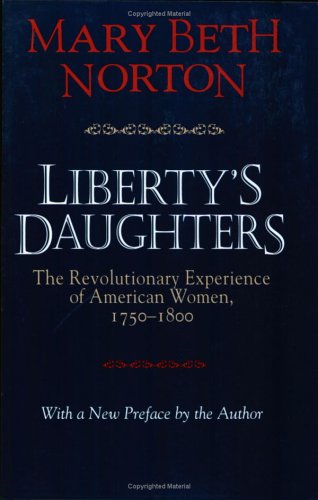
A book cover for Liberty's Daughters: The Revolutionary Experience of American Women, 1750-1800; Mary Beth Norton; Gay & Lesbian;